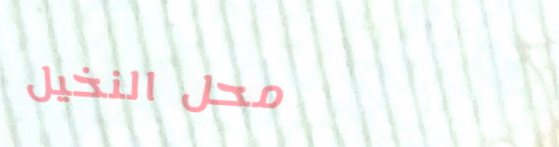
محل النخيل